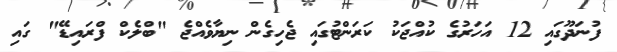
ފުނަދޫގައި 12 އަހަރުގެ ކުއްޖަކު ކަރަންޓުގައި ޖެހިގެން ނިޔާވެއްޖެ "ބްލެކް ފްރައިޑޭ" ގައި